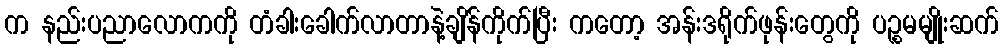
က နည်းပညာလောကကို တံခါးခေါက်လာတာနဲ့ချိန်ကိုက်ပြီး ကတော့ အန်းဒရိုက်ဖုန်းတွေကို ပဉ္စမမျိုးဆက်